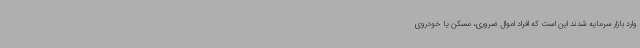
وارد بازار سرمایه شدند این است که افراد اموال ضروری، مسکن یا خودروی